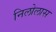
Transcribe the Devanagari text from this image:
निलोलास